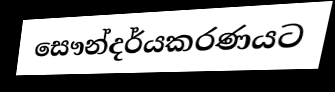
සෞන්දර්යකරණයට